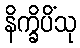
နိက္ခိပိံသု